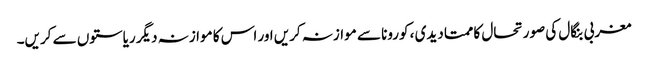
مغربی بنگال کی صورتحال کا ممتا دیدی ، کورونا سے موازنہ کریں اور اس کا موازنہ دیگر ریاستوں سے کریں۔